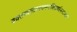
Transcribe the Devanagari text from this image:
वक्तव्यादानगमनविसर्गानन्दात्मने